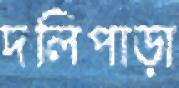
দলিপাড়া